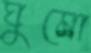
ঘুমো